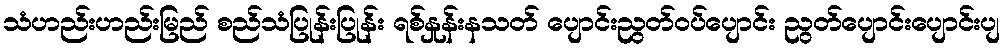
သံဟည်းဟည်းမြည် စည်သံပြုန်းပြုန်း ရစ်နှုန်းနသတ် ပျောင်းညွတ်ဝပ်ပျောင်း ညွတ်ပျောင်းပျောင်းပျ